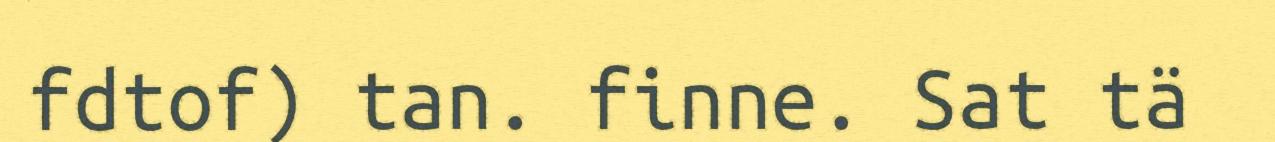
fdtof) tan. finne. Sat tä